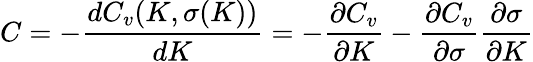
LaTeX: C=-{\frac{dC_{v}(K,\sigma(K))}{dK}}=-{\frac{\partial C_{v}}{\partial K}}-{\frac{\partial C_{v}}{\partial\sigma}}{\frac{\partial\sigma}{\partial K}}